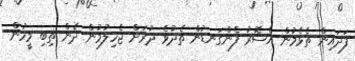
ފަދައިން ތެޅެމުން އެސޮރު ފެންގަނޑުން ތެދުވެ ދުރަށް ޖެހިލުމުން ދެން ތިބި މީހުން